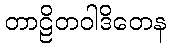
တာဠိတဝါဒိတေန